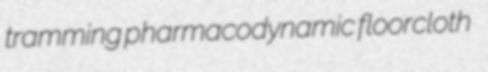
tramming pharmacodynamic floorcloth